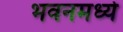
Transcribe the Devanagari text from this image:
भवनमध्ये